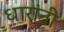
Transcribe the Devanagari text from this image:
धारांनी